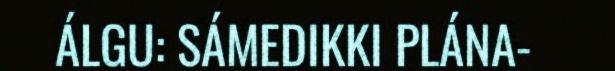
ÁLGU: SÁMEDIKKI PLÁNA-